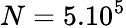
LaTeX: N=5.10^{5}